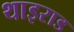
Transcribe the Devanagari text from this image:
थाइराड